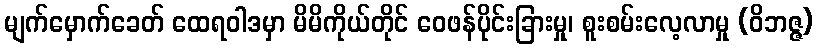
မျက်မှောက်ခေတ် ထေရဝါဒမှာ မိမိကိုယ်တိုင် ဝေဖန်ပိုင်းခြားမှု၊ စူးစမ်းလေ့လာမှု (ဝိဘဇ္ဇ)